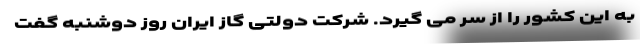
به این کشور را از سر می گیرد. شرکت دولتی گاز ایران روز دوشنبه گفت